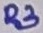
Text: R3